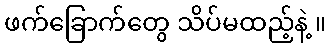
ဖက်ခြောက်တွေ သိပ်မထည့်နဲ့ ။